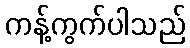
ကန့်ကွက်ပါသည်